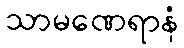
သာမဏေရာနံ